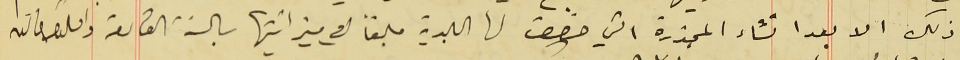
ذلك الا بعد انشاء المجزرة التي خصصت لها البلدية مبلغاً في ميزانيتها بالسنة القادمة واقبلوا فاىق